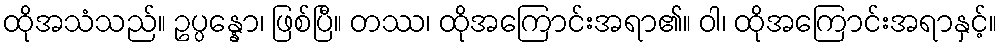
ထိုအသံသည်။ ဥပ္ပန္နော၊ ဖြစ်ပြီ။ တဿ၊ ထိုအကြောင်းအရာ၏။ ဝါ၊ ထိုအကြောင်းအရာနှင့်။